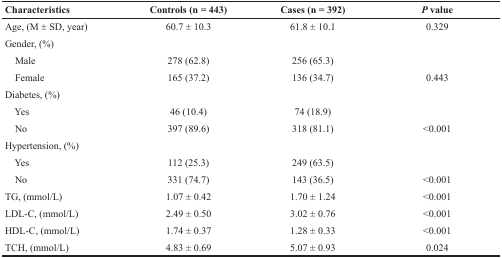
<table><thead><tr><td><b>Characteristics</b></td><td><b>Controls (n = 443)</b></td><td><b>Cases (n = 392)</b></td><td><b><i>P</i> value</b></td></tr></thead><tbody><tr><td>Age, (M ± SD, year)</td><td>60.7 ± 10.3</td><td>61.8 ± 10.1</td><td>0.329</td></tr><tr><td>Gender, (%)</td><td></td><td></td><td></td></tr><tr><td> Male</td><td>278 (62.8)</td><td>256 (65.3)</td><td></td></tr><tr><td> Female</td><td>165 (37.2)</td><td>136 (34.7)</td><td>0.443</td></tr><tr><td>Diabetes, (%)</td><td></td><td></td><td></td></tr><tr><td> Yes</td><td>46 (10.4)</td><td>74 (18.9)</td><td></td></tr><tr><td> No</td><td>397 (89.6)</td><td>318 (81.1)</td><td>&lt;0.001</td></tr><tr><td>Hypertension, (%)</td><td></td><td></td><td></td></tr><tr><td> Yes</td><td>112 (25.3)</td><td>249 (63.5)</td><td></td></tr><tr><td> No</td><td>331 (74.7)</td><td>143 (36.5)</td><td>&lt;0.001</td></tr><tr><td>TG, (mmol/L)</td><td>1.07 ± 0.42</td><td>1.70 ± 1.24</td><td>&lt;0.001</td></tr><tr><td>LDL-C, (mmol/L)</td><td>2.49 ± 0.50</td><td>3.02 ± 0.76</td><td>&lt;0.001</td></tr><tr><td>HDL-C, (mmol/L)</td><td>1.74 ± 0.37</td><td>1.28 ± 0.33</td><td>&lt;0.001</td></tr><tr><td>TCH, (mmol/L)</td><td>4.83 ± 0.69</td><td>5.07 ± 0.93</td><td>0.024</td></tr></tbody></table>